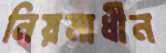
নিয়মাধীন